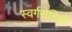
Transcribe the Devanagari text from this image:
स्वर्गरोहिणी